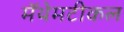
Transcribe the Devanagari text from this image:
मॅथेमटीकल